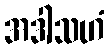
အဒါသဟံ